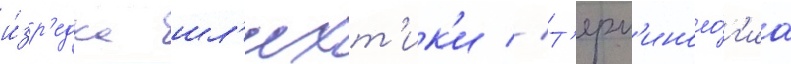
и́зр'едка шл'ихт'ик'и // Т'ерм'иноло́г'иа